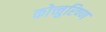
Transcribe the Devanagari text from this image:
कोच्चुरिण्ण